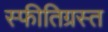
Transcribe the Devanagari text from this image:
स्फीतिग्रस्त